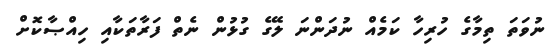
ނުވަތަ ތިމާގެ ހުރިހާ ކަމެއް ނުދަންނަ ލޭގެ ގުޅުން ނެތް ފަރާތަކާއި ހިއްޞާކޮށް